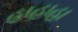
હાહાહા